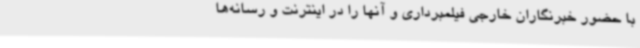
با حضور خبرنگاران خارجی فیلمبرداری و آنها را در اینترنت و رسانه‌ها